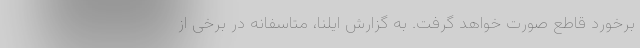
برخورد قاطع صورت خواهد گرفت. به گزارش ایلنا، متاسفانه در برخی از